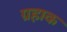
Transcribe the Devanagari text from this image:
ग्रहाक